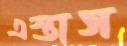
এস্তাস